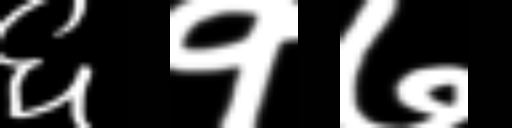
Text: ६१७